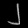
Digit: ၂